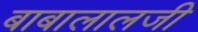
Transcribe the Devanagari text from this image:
बाबालालजी